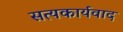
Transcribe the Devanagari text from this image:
सत्यकार्यवाद